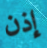
إذن